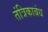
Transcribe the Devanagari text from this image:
तंत्रिकाबंध